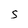
Character: S